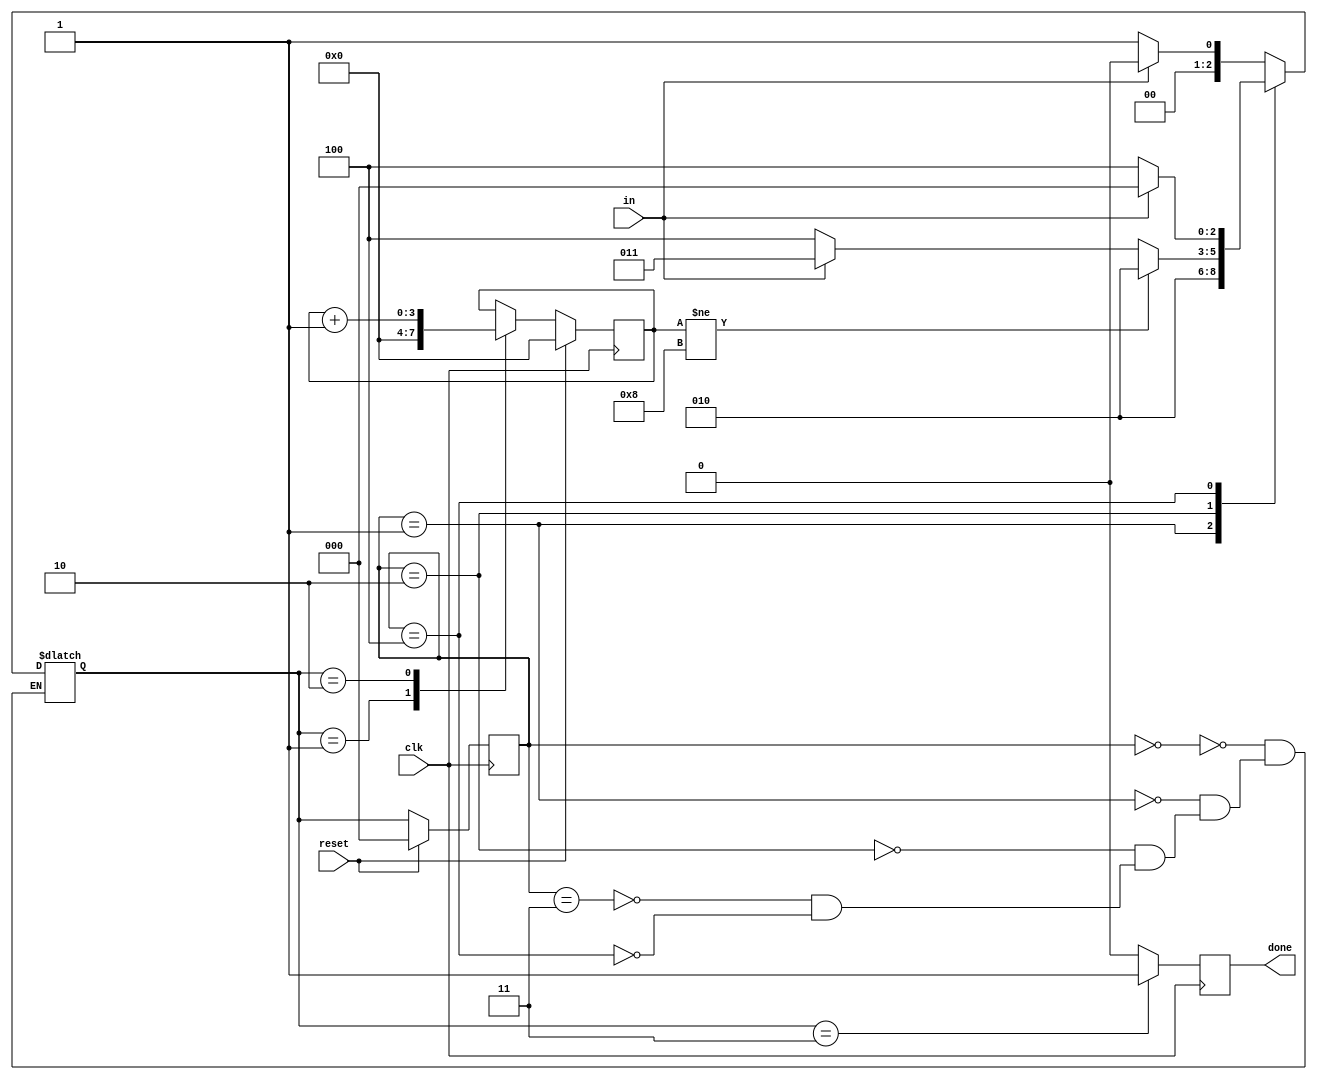
module top_module(
    input clk,
    input in,
    input reset,    // Synchronous reset
    output done
); 

    localparam idle = 0;
    localparam start = 1;
    localparam data = 2;
    localparam stop =3;
    localparam error = 4;
    
    reg[2:0] state, next_state;
    reg[3:0] cnt;
       
    always@(posedge clk)begin
        if(reset)
            state <= idle;
        else
            state <= next_state;
    end
    
    always@(posedge clk)begin
        if(reset)
            cnt<=0;
        else
            case(next_state)
                start: cnt <= 0;
                data: cnt <= cnt+1;
                default:cnt<=cnt;
            endcase
    end
    
    always@(*)begin
        case(state)
            idle: 
                begin 
                	if (in) next_state <= idle;
                	else next_state <= start;
                end
            
            start: 
                next_state <= data;
            
            data:
                begin 
                    if (cnt != 8) next_state <= data;
                    else if (in) next_state <= stop;
                    else next_state <= error;
                end
            
            stop:
                begin 
                	if (in) next_state <= idle;
                	else next_state <= start;
                end
            
            error:
                begin 
                	if (in) next_state <= idle;
                	else next_state <= error;
                end
        endcase
    end

    always@(posedge clk)
        case(next_state)
            stop: done <= 1;
            default:done <= 0;
        endcase   
    
endmodule